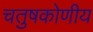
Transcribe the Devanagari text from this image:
चतुषकोणीय